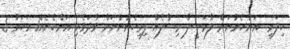
ހިލަރީ  އަންހެނުނަށް ލާމަސީލު މިސާލެއް ފިރިހެނުންނަށް ވާދަވެރި އަންހެނެއް1 އަހަރު 5